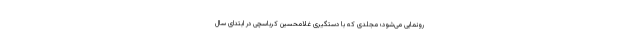
رونمایی می‌شود؛ مجلدی که با دستگیری غلامحسین کرباسچی در ابتدای سال